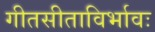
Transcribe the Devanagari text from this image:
गीतसीताविर्भावः